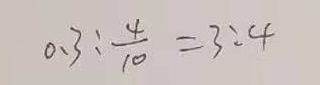
0 . 3 : \frac { 4 } { 1 0 } = 3 : 4